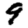
Digit: 9